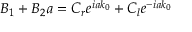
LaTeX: B _ { 1 } + B _ { 2 } a = C _ { r } e ^ { i a k _ { 0 } } + C _ { l } e ^ { - i a k _ { 0 } }